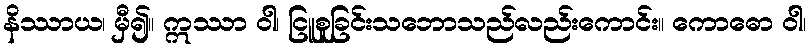
နိဿာယ၊ မှီ၍။ ဣဿာ ဝါ၊ ငြူစူခြင်းသဘောသည်လည်းကောင်း။ ကောဓော ဝါ၊